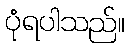
ပုံရပါသည်။